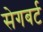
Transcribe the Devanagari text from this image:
सेगबर्ट